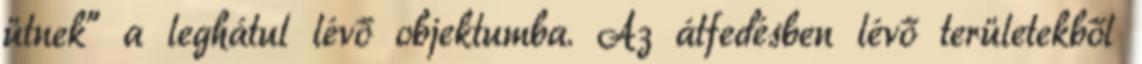
ütnek” a leghátul lévő objektumba. Az átfedésben lévő területekből